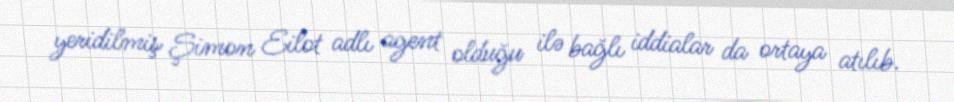
yeridilmiş Şimon Eilot adlı agent olduğu ilə bağlı iddialar da ortaya atılıb.